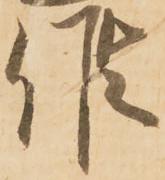
候